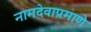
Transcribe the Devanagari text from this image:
नामदेवाप्रमाणे